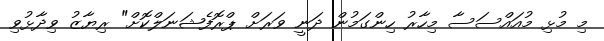
މި މުޅި މުއައްސަސާ މިހާރު ހިންގަމުން ދަނީ ވަރަށް ޕްރޮފެޝަނަލްކޮށް" ރިޔާޒު ވިދާޅުވި